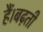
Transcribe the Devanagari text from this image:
हैं।बढ़ती